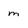
Character: m